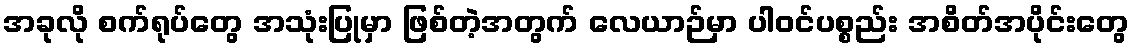
အခုလို စက်ရုပ်တွေ အသုံးပြုမှာ ဖြစ်တဲ့အတွက် လေယာဉ်မှာ ပါဝင်ပစ္စည်း အစိတ်အပိုင်းတွေ